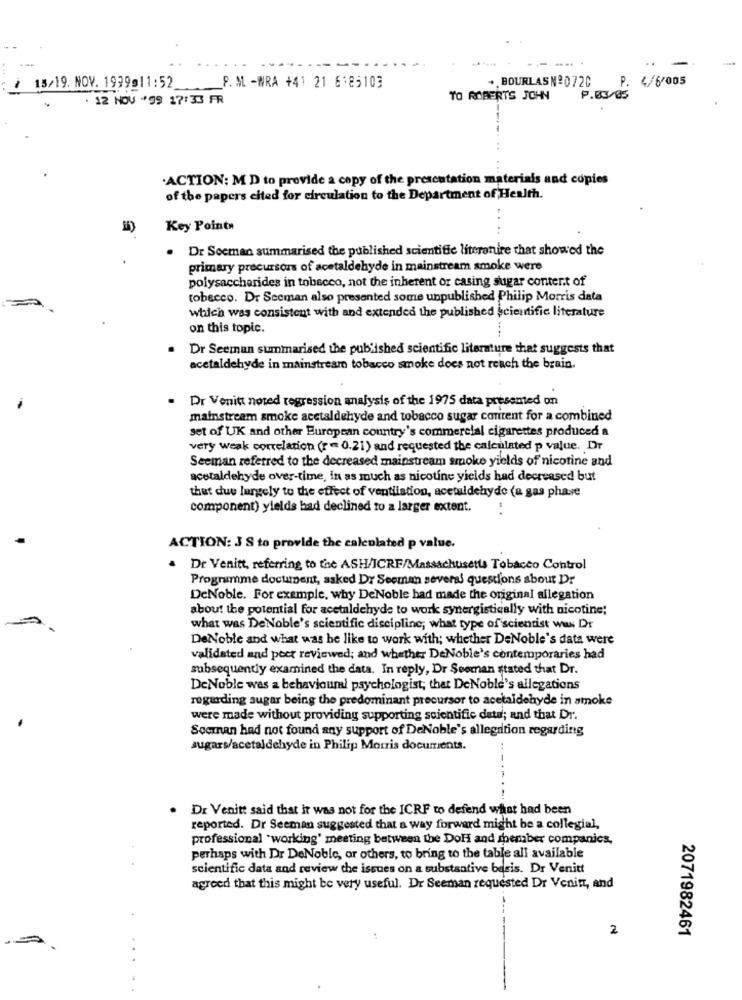
.. BOURLAS Nº0720
P. 4/6/005
/ 15/19. NOV. 1939@11:52
P. M. - WRA +41 21 6:85103
. 12 NOV *99 17:33 FR
TO ROBERTS JOHN
P.03/05
.ACTION: M D to provide a copy of the presentation materials and copies
of the papers cited for circulation to the Department of Health.
Key Points
. Dr Seeman summarised the published scientific literanire that showed the
primary precursors of acetaldehyde in mainstream smoke were
polysaccharides in tobacco, not the inherent or casing sugar content of
tobacco. Dr Seeman also presented some unpublished Philip Morris data
which was consistent with and extended the published scientific literature
on this topic.
Dr Seeman summarised the published scientific literature that suggests that
acetaldehyde in mainstreamo tobacco smoke does not reach the brain.
Dr Venitt noted regression analysis of the 1975 data presented on
mainstream smoke acetaldehyde and tobacco sugar content for a combined
set of UK and other European country's commercial cigarettes produced a
very weak correlation (r = 0.21) and requested the calculated p value. Dr
Seeman referred to the decreased mainstream smoke yields of nicotine and
acetaldehyde over-time, in as much as nicotine yields had decreased but
that due largely to the effect of ventliation, acetaldehyde (a gas phave
component) yields had declined to a larger extent.
..
ACTION: 3 S to provide the calculated p value.
· Dr Venitt, referring to the ASH/ICRF/Massachusetts Tobacco Control
Programme document, asked DY Seeman several questions about Dr
DeNoble. For example, why DeNoble had made the original allegation
about the potential for acetaldehyde to work synergistically with nicotine;
what was DeNoble's scientific discipline; what type of scientist wus Dr
DeNoble and what was he like to work with; whether DeNoble's data were
validated and peer reviewed; and whether DeNoble's contemporaries had
subsequently examined the data. In reply, Dr Seoman stated that Dr.
DeNoble was a behaviouml psychologist; that DeNoble's allegations
regarding sugar being the predominant precursor to acetaldehyde in amoke
were made without providing supporting scientific data; and that Dr.
Socman had not found any support of DeNoble's allegation regarding
sugars/acetaldehyde in Philip Morris documents.
..
Dr Venitt said that it was not for the ICRF to defend what had been
reported. Dr Seeman suggested that a way forward might be a collegial,
professional "working' meeting between the Dol and member companies,
perhaps with Dr DeNoble, or others, to bring to the table all available
scientific data and review the issues on a substantive basis. Dr Venitt
agreed that this might be very useful. Dr Seeman requested Dr Venift, and
2
2071982461